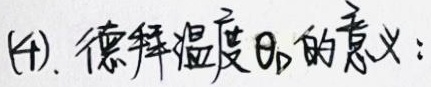
(4). 德拜温度 \(\Theta_{D}\) 的意义：